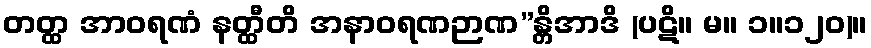
တတ္ထ အာဝရဏံ နတ္ထီတိ အနာဝရဏဉာဏ”န္တိအာဒိ (ပဋိ။ မ။ ၁။၁၂၀)။